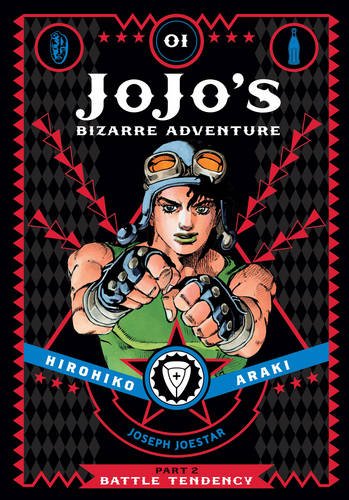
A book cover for JoJo's Bizarre Adventure: Part 2--Battle Tendency, Vol. 1; Hirohiko Araki; Comics & Graphic Novels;